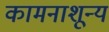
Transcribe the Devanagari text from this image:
कामनाशून्य